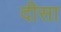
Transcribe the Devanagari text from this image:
दीसा